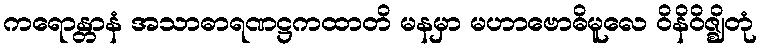
ကရောန္တာနံ အသာဓာရဏဋ္ဌကထာတိ မနမှာ မဟာဗောဓိမူလေ ဝိနိဝိဇ္ဈိတုံ